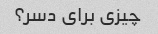
چیزی برای دسر؟